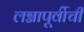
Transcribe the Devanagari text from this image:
लग्नापूर्वीची